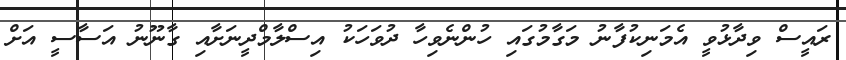
ރައީސް ވިދާޅުވީ އެމަނިކުފާނު މަގާމުގައި ހުންނެވިހާ ދުވަހަކު އިސްލާމްދީނަށާއި ގާނޫނު އަސާސީ އަށް